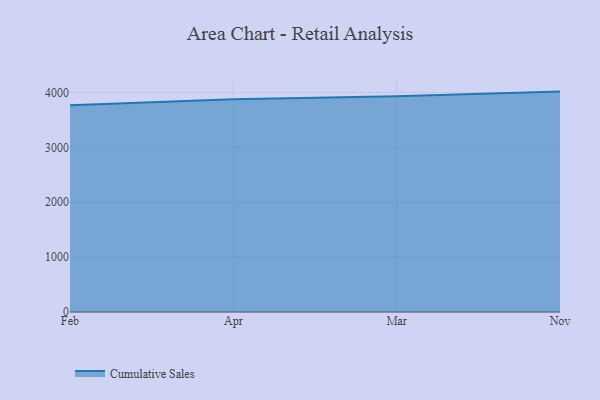
{"axis": {"x": "Month", "y": "Population (Million)"}, "legend": ["Cumulative Sales"], "data": [{"x": "Feb", "y": 3768.8, "type": "Cumulative Sales"}, {"x": "Apr", "y": 3878.8, "type": "Cumulative Sales"}, {"x": "Mar", "y": 3931.6, "type": "Cumulative Sales"}, {"x": "Nov", "y": 4017.4, "type": "Cumulative Sales"}]}